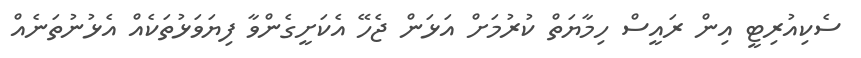
ސެކިއުރިޓީ އިން ރައީސް ހިމާޔަތް ކުރުމަށް އަޅަން ޖެހޭ އެކަށީގެންވާ ފިޔަވަޅުތަކެއް އެޅުނުތަނެއް